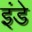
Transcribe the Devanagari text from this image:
इंडे